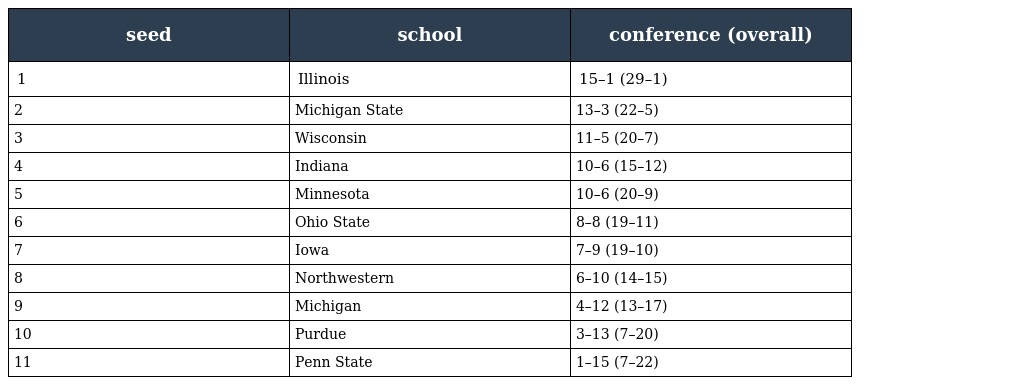
| seed | school | conference (overall) |
 | --- | --- | --- |
 | 1 | Illinois | 15–1 (29–1) |
 | 2 | Michigan State | 13–3 (22–5) |
 | 3 | Wisconsin | 11–5 (20–7) |
 | 4 | Indiana | 10–6 (15–12) |
 | 5 | Minnesota | 10–6 (20–9) |
 | 6 | Ohio State | 8–8 (19–11) |
 | 7 | Iowa | 7–9 (19–10) |
 | 8 | Northwestern | 6–10 (14–15) |
 | 9 | Michigan | 4–12 (13–17) |
 | 10 | Purdue | 3–13 (7–20) |
 | 11 | Penn State | 1–15 (7–22) |